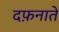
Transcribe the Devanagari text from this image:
दफ़नाते